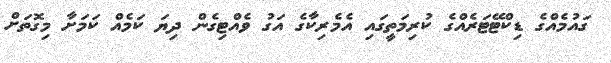
ގައުމެއްގެ ޑިކްޓޭޓަރެއްގެ ކުރިމަތީގައި އެމެރިކާގެ އަގު ވެއްޓިގެން ދިޔަ ކަމެއް ކަމަށާ މިގޮތަށް